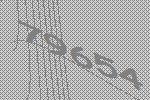
79654